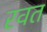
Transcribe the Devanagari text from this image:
रवत